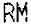
RM